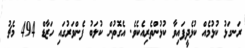
ރަނގަޅު ކުޅުމެއް ކުޅެދީފައިވާ ކުޅުންތެރިއެކެވެ. އެގޮތުން ކުލަބު ފެންވަރުގައި ހަޒާޑް 494 މެޗު